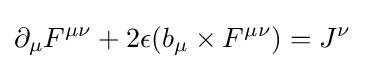
\partial _{\mu }F^{\mu \nu }+2\epsilon (b_{\mu }\times F^{\mu \nu })=J^{\nu }